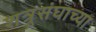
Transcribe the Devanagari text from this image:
शत्रूसंघाच्या